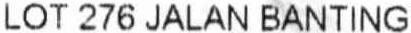
LOT 276 JALAN BANTING